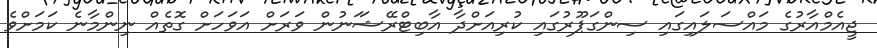
ޖީއެމްއާރުގެ މައްސަލައިގައި ސިންގަޕޫރުގައި ކުރިއަށްދާ އާބިޓްރޭޝަަނުން ވަރަށް އަވަހަށް ގޮތެއް ނިންމާނެ ކަމަށްވެ